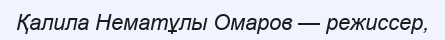
Қалила Нематұлы Омаров — режиссер,